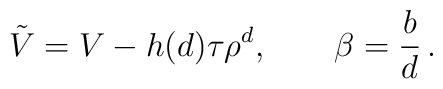
{\tilde V} = V - h(d) \tau \rho^{d},\qquad\beta = \frac{b}{d}\,.